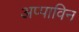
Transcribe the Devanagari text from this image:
अप्पाविन